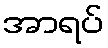
အာရပ်